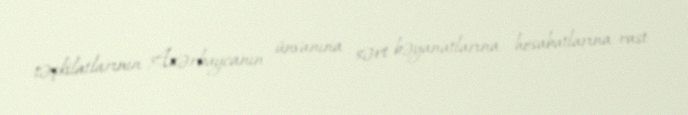
təşkilatlarının Azərbaycanın ünvanına sərt bəyanatlarına, hesabatlarına rast